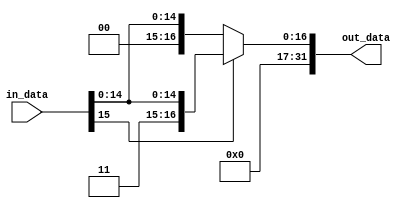
`timescale 1ns / 1ps


module sign_extend(
    input [15:0] in_data,
    output reg [31:0] out_data
);

always @(*) begin
    // Check the sign bit of the input data
    
    if (in_data[15] == 1'b0) 
    begin
        // If positive, extend with zeros
        out_data = {16'b0, in_data};
    end 
        
    else 
    begin
        // If negative, extend with ones
        out_data = {16'b1, in_data};
    end
end 
 

endmodule